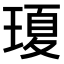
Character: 𤧶